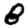
Digit: 8